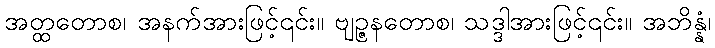
အတ္ထတောစ၊ အနက်အားဖြင့်၎င်း။ ဗျဉ္ဇနတောစ၊ သဒ္ဒါအားဖြင့်၎င်း။ အဘိန္နံ၊